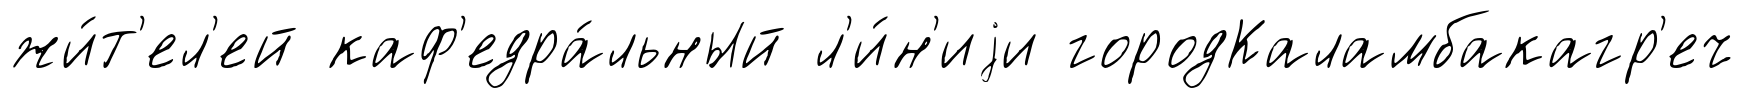
жи́т'ел'ей каф'едра́льный л'и́н'иjи городКаламбакагр'еч